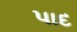
પાદ